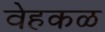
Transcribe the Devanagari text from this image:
वेहकळ